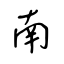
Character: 南